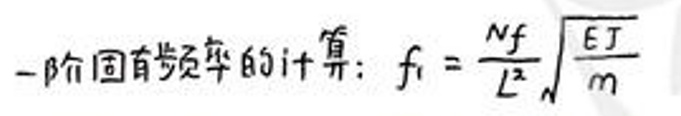
一阶固有频率的计算：\(f_{i}=\frac{Nf}{L^{2}}\sqrt{\frac{EJ}{m}}\)